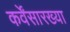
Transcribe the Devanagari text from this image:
कर्वेंसारख्या